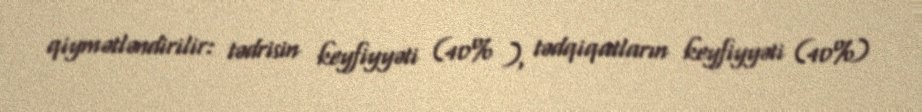
qiymətləndirilir: tədrisin keyfiyyəti (40% ), tədqiqatların keyfiyyəti (40%)